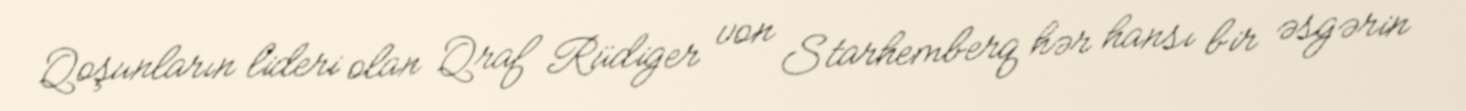
Qoşunların lideri olan Qraf Rüdiger von Starhemberq hər hansı bir əsgərin